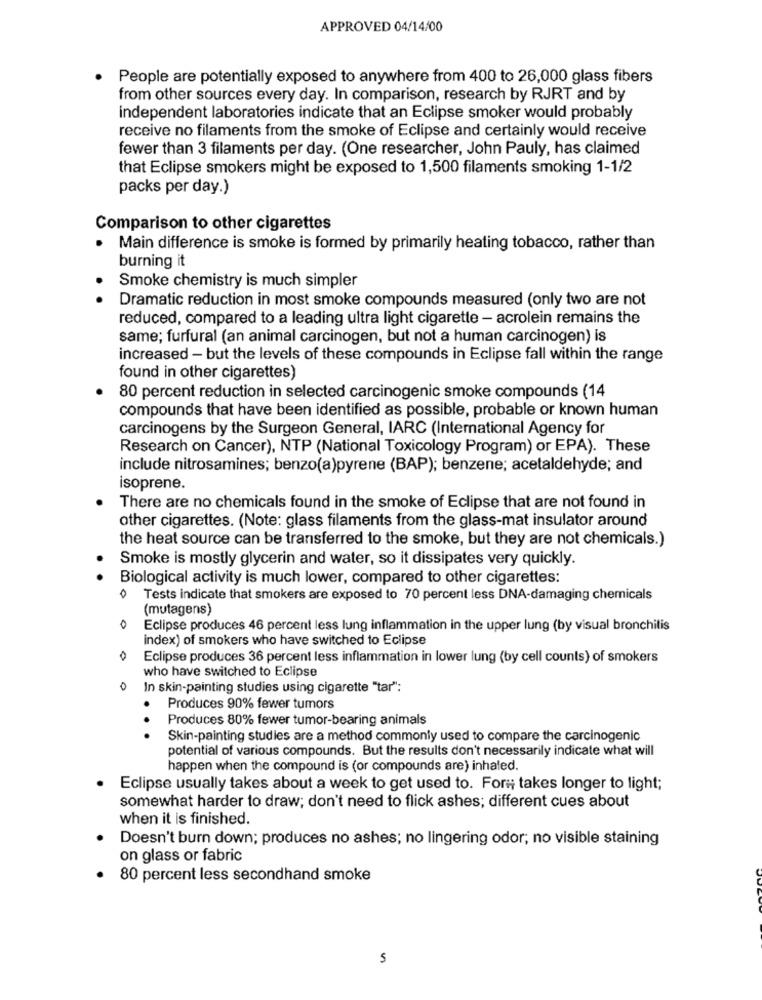
APPROVED 04/14/00
People are potentially exposed to anywhere from 400 to 26,000 glass fibers
from other sources every day. In comparison, research by RJRT and by
independent laboratories indicate that an Eclipse smoker would probably
receive no filaments from the smoke of Eclipse and certainly would receive
fewer than 3 filaments per day. (One researcher, John Pauly, has claimed
that Eclipse smokers might be exposed to 1,500 filaments smoking 1-1/2
packs per day.)
Comparison to other cigarettes
Main difference is smoke is formed by primarily heating tobacco, rather than
burning it
Smoke chemistry is much simpler
Dramatic reduction in most smoke compounds measured (only two are not
reduced, compared to a leading ultra light cigarette - acrolein remains the
same; furfural (an animal carcinogen, but not a human carcinogen) is
increased - but the levels of these compounds in Eclipse fall within the range
found in other cigarettes)
80 percent reduction in selected carcinogenic smoke compounds (14
compounds that have been identified as possible, probable or known human
carcinogens by the Surgeon General, IARC (International Agency for
Research on Cancer), NTP (National Toxicology Program) or EPA). These
include nitrosamines; benzo(a)pyrene (BAP); benzene; acetaldehyde; and
isoprene.
There are no chemicals found in the smoke of Eclipse that are not found in
other cigarettes. (Note: glass filaments from the glass-mat insulator around
the heat source can be transferred to the smoke, but they are not chemicals.)
Smoke is mostly glycerin and water, so it dissipates very quickly.
Biological activity is much lower, compared to other cigarettes:
0
Tests indicate that smokers are exposed to 70 percent less DNA-damaging chemicals
(mutagens)
0
Eclipse produces 46 percent less lung inflammation in the upper lung (by visual bronchitis
index) of smokers who have switched to Eclipse
0
Eclipse produces 36 percent less inflammation in lower lung (by cell counts) of smokers
who have switched to Eclipse
0
In skin-painting studies using cigarette "tar":
Produces 90% fewer tumors
Produces 80% fewer tumor-bearing animals
.. .
Skin-painting studies are a method commonly used to compare the carcinogenic
potential of various compounds. But the results don't necessarily indicate what will
happen when the compound is (or compounds are) inhaled.
Eclipse usually takes about a week to get used to. For; takes longer to light;
somewhat harder to draw; don't need to flick ashes; different cues about
when it is finished
Doesn't burn down; produces no ashes; no lingering odor; no visible staining
on glass or fabric
80 percent less secondhand smoke
5